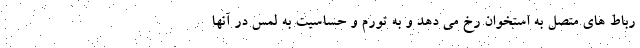
رباط های متصل به استخوان رخ می دهد و به تورم و حساسیت به لمس در آنها